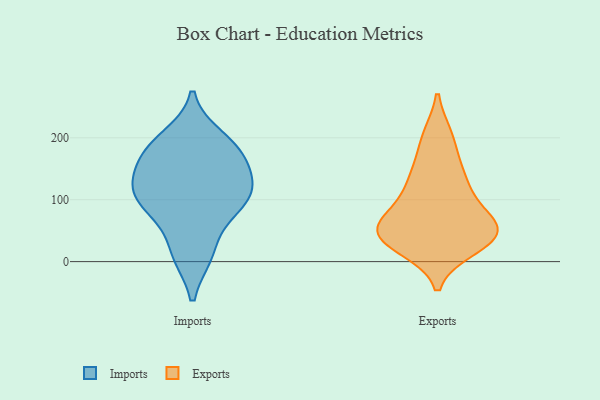
{"axis": {"x": "Population (Million)", "y": "Value"}, "legend": ["Exports", "Imports"], "data": [{"x": "", "y": 111, "type": "Imports"}, {"x": "", "y": 177, "type": "Imports"}, {"x": "", "y": 180, "type": "Imports"}, {"x": "", "y": 122, "type": "Imports"}, {"x": "", "y": 14, "type": "Imports"}, {"x": "", "y": 123, "type": "Imports"}, {"x": "", "y": 146, "type": "Imports"}, {"x": "", "y": 178, "type": "Imports"}, {"x": "", "y": 98, "type": "Imports"}, {"x": "", "y": 80, "type": "Imports"}, {"x": "", "y": 92, "type": "Imports"}, {"x": "", "y": 13, "type": "Imports"}, {"x": "", "y": 199, "type": "Imports"}, {"x": "", "y": 138, "type": "Exports"}, {"x": "", "y": 40, "type": "Exports"}, {"x": "", "y": 200, "type": "Exports"}, {"x": "", "y": 35, "type": "Exports"}, {"x": "", "y": 24, "type": "Exports"}, {"x": "", "y": 198, "type": "Exports"}, {"x": "", "y": 52, "type": "Exports"}, {"x": "", "y": 94, "type": "Exports"}, {"x": "", "y": 133, "type": "Exports"}, {"x": "", "y": 56, "type": "Exports"}, {"x": "", "y": 55, "type": "Exports"}, {"x": "", "y": 34, "type": "Exports"}, {"x": "", "y": 135, "type": "Exports"}, {"x": "", "y": 43, "type": "Exports"}, {"x": "", "y": 87, "type": "Exports"}, {"x": "", "y": 56, "type": "Exports"}]}